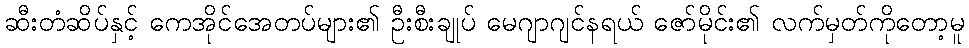
ဆီးတံဆိပ်နှင့် ကေအိုင်အေတပ်များ၏ ဦးစီးချုပ် မေဂျာဂျင်နရယ် ဇော်မိုင်း၏ လက်မှတ်ကိုတော့မူ